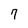
Character: 7